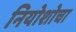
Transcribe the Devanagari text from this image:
नियोशोचा